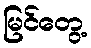
မြင်တွေ့